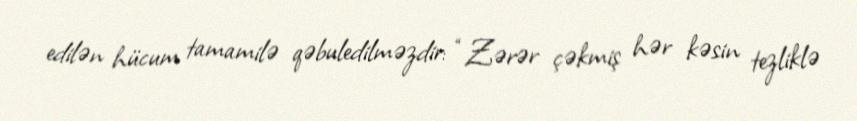
edilən hücum tamamilə qəbuledilməzdir: “Zərər çəkmiş hər kəsin tezliklə